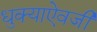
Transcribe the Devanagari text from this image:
धुक्याऐवजी